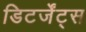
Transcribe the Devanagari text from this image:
डिटर्जेंट्स